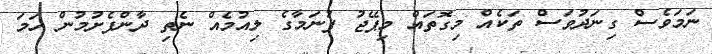
ނަމަވެސް ގިނަދުވަސް ތަކެއް މިގޮތައް މިޕޭޖު ފުނަމާގެ ލިއުމެއް ނެތި ދާންފެށުމުން ހަމަ